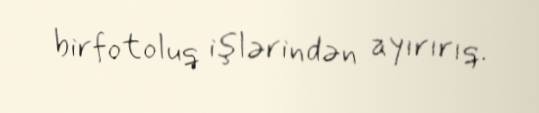
birfotoluq işlərindən ayırırıq.